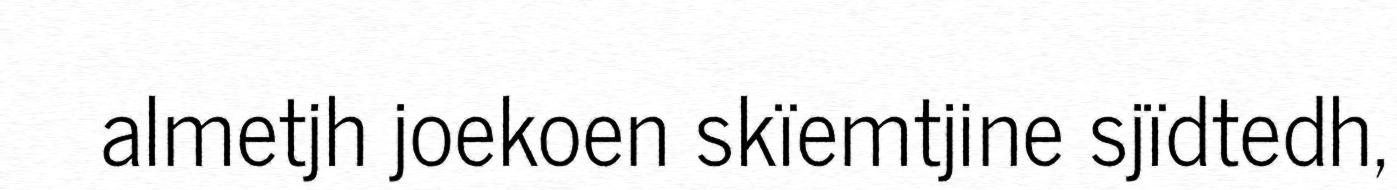
almetjh joekoen skïemtjine sjïdtedh,